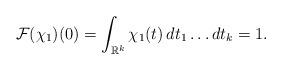
LaTeX: \begin{align*} \mathcal{F}(\chi_1)(0) = \int_{\mathbb{R}^k} \chi_1(t) \, dt_1\dots dt_k = 1.\end{align*}